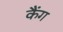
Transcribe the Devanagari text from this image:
कैंग